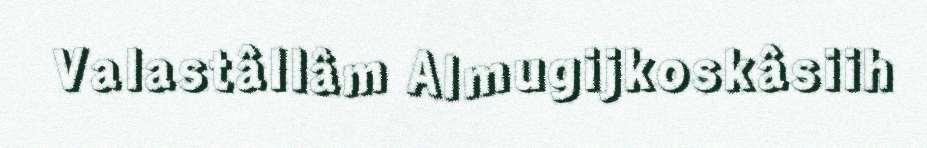
Valastâllâm Almugijkoskâsiih